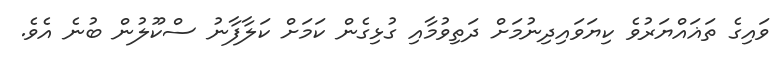
ވައިގެ ތަޣައްޔަރުވެ ކިޔަވައިދިނުމަށް ދަތިވުމާއި ގުޅިގެން ކަމަށް ކަލާފާނު ސްކޫލުން ބުނެ އެވެ.